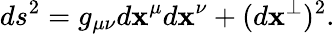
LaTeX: ds^{2}=g_{\mu\nu}d\mathbf{x}^{\mu}d\mathbf{x}^{\nu}+(d\mathbf{x}^{\perp})^{2}.